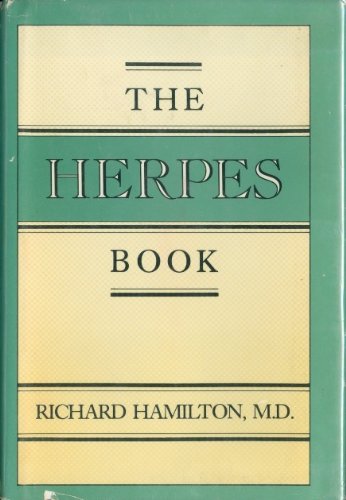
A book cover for Herpes Book; Richard Hamilton; Health, Fitness & Dieting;